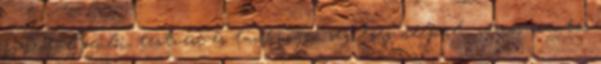
egyedül szülői, testvéri és tankönyvi segítség nélkül , stresszmentes